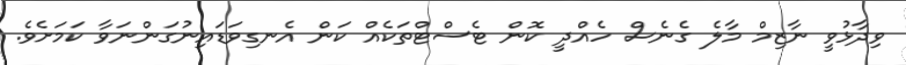
ވިދާޅުވީ ނާޒިމް މާލެ ގެނެސް ހެއްދީ ކޮން ޓެސްޓްތަކެއް ކަން އެނގިވަޑައިނުގަންނަވާ ކަމަށެވެ.